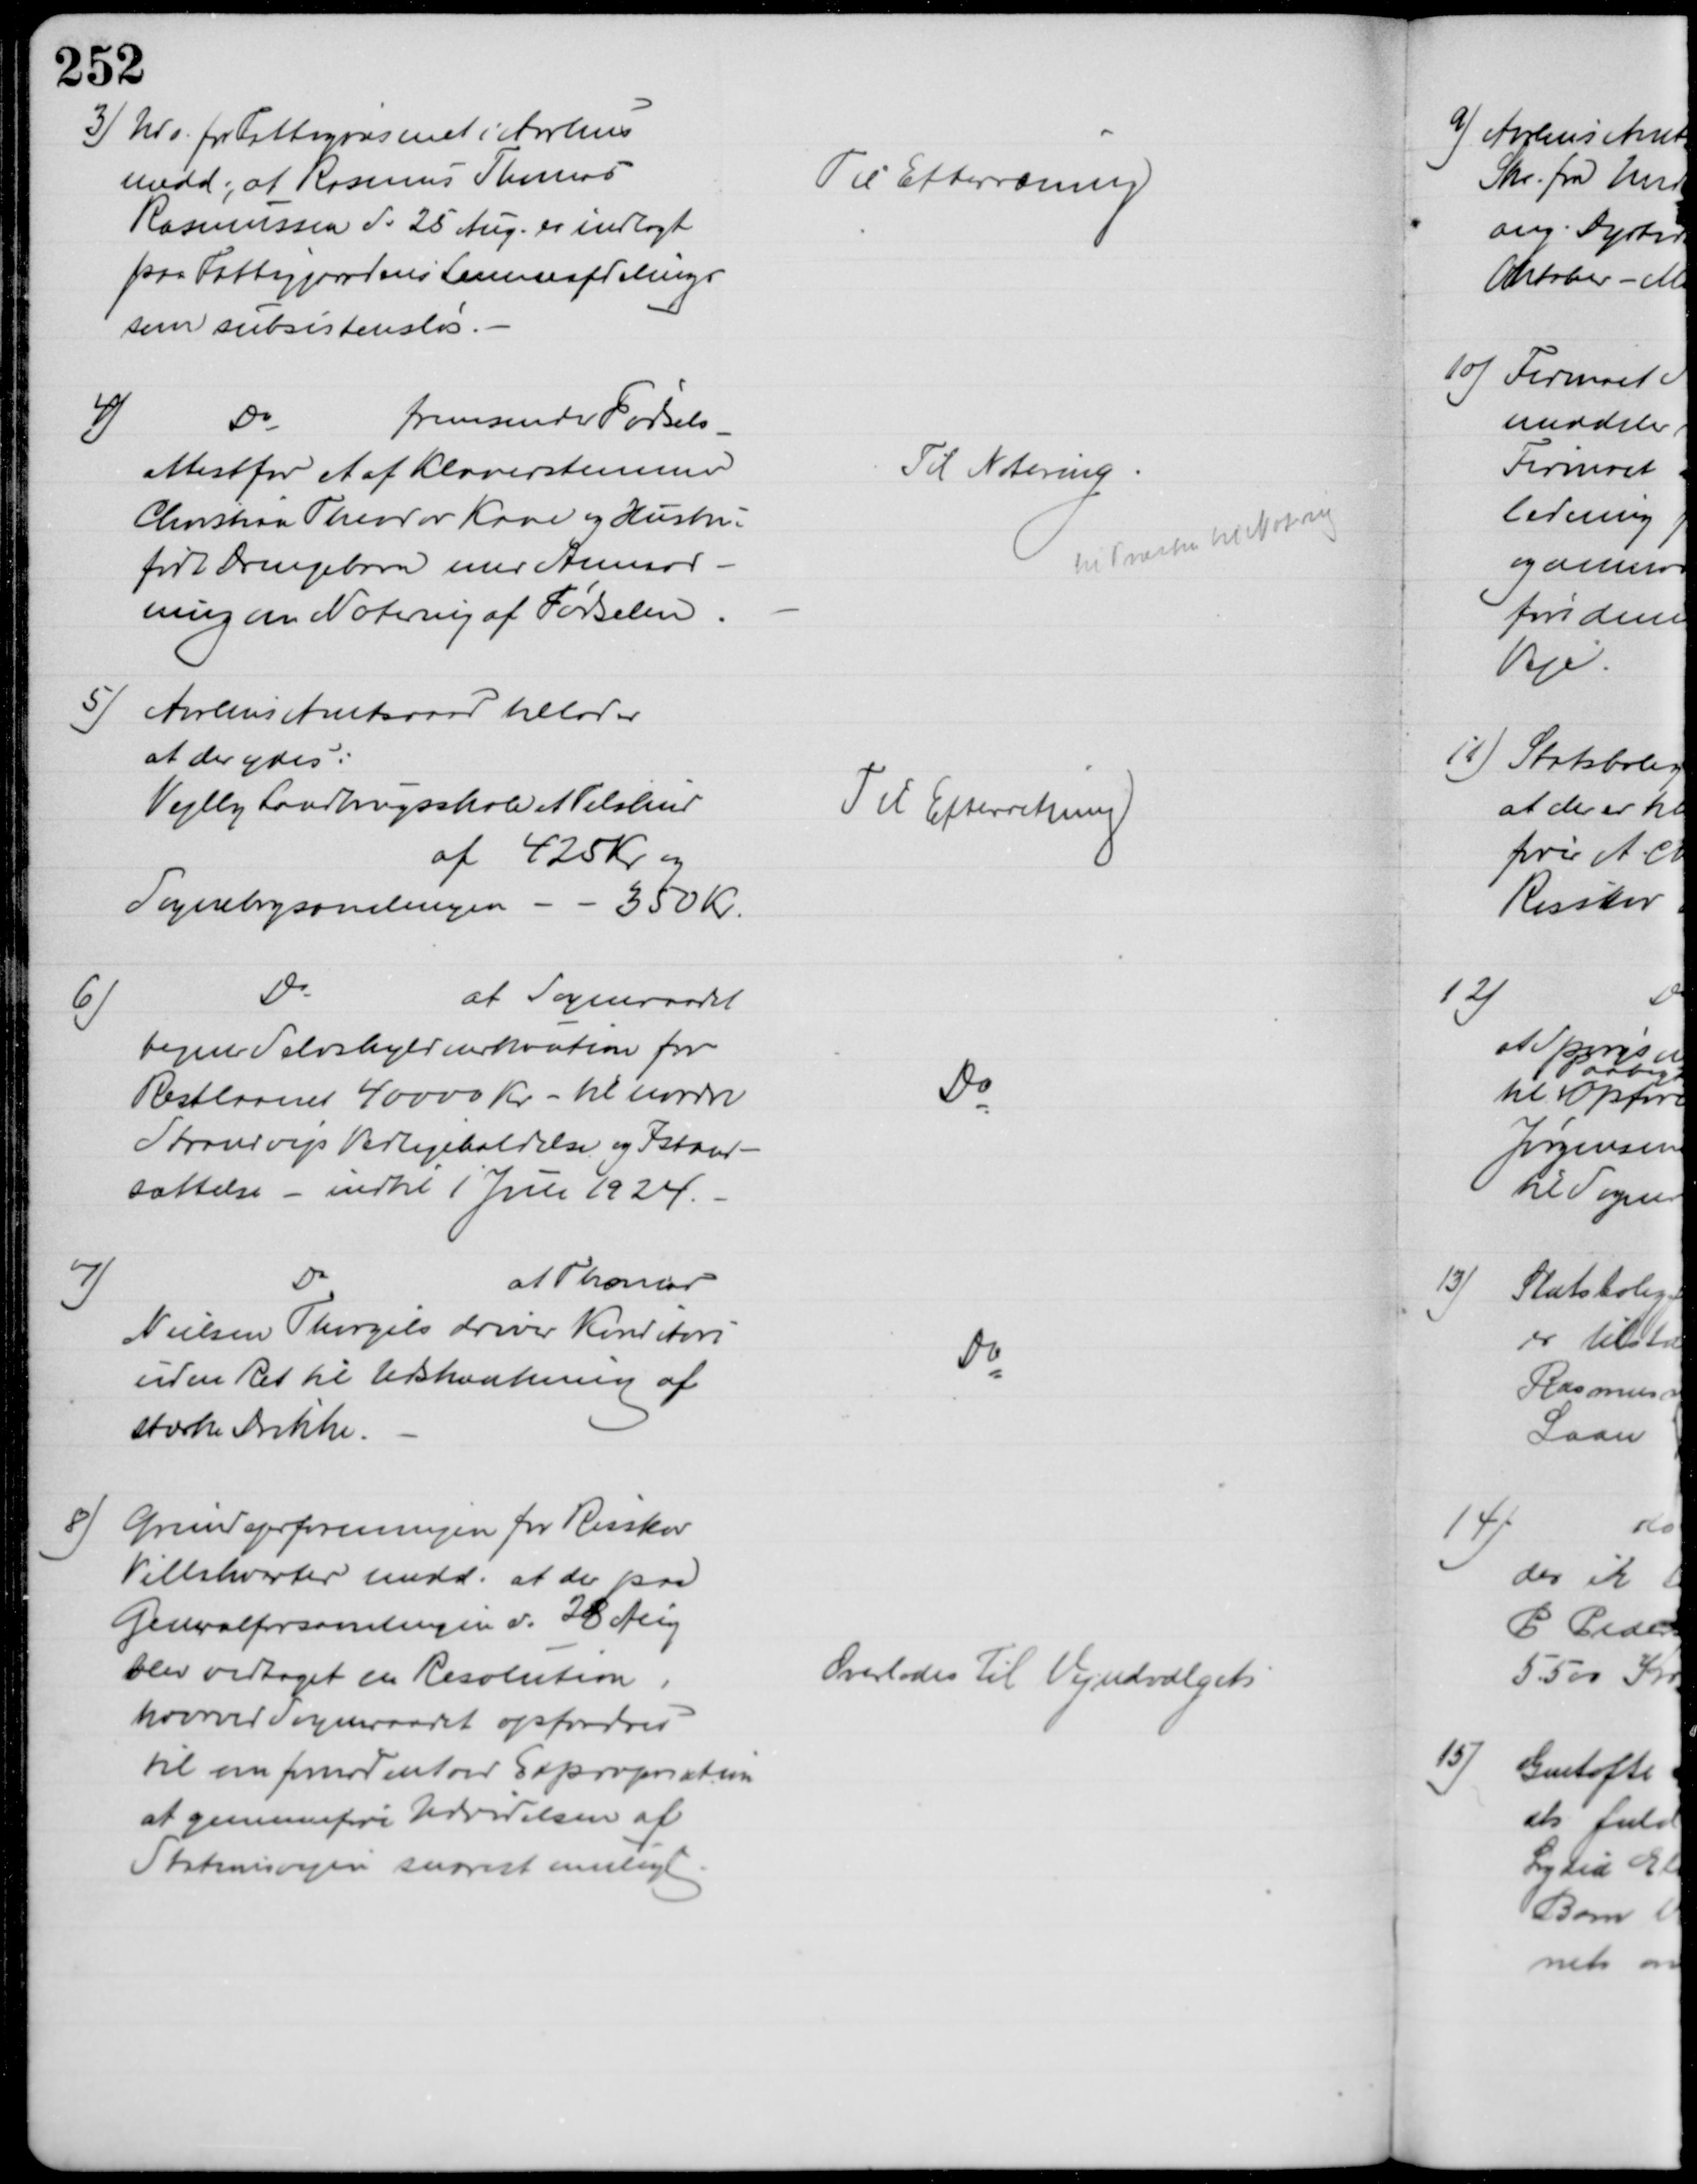
Transskription:
3) Udv. for Fattigvæsenet i Aarhus
medd., at Rasmus Thomas
Rasmussen d. 25 Aug. er indlagt
paa Fattiggaardens Lemmeafdeling
som subsistensløs.
Til Efterroning
4)
Do
fremsender Fødsels
-
attest for et af Klaverstemmer
Christian Theodor Kaae og Hustru
født Drengebarn med Anmod-
ning om Notering af Fødselen.
Til Notering
til Præsten til Notering
5) Aarhus Amtsraad tillader
at der ydes:
Vejlby Landbrugsskole et Tilskud
af 425 Kr og
Sognebogsamlingen
350 Kr.
Til Efterretning
6)
Do
at Sogneraadet
tegner Selvskyldnerkaution for
Restlaanet 40000 Kr. - til nordre
Strandvejs Vedligeholdelse og Istaand-
sættelse - indtil 1 Juli 1924.
Do
7)
Do
at Thomas
Nielsen Thorgils driver Konditori
uden Ret til Udskænkning af
stærke Drikke.
Do
8) Grunderforeningen for Risskov
Villakvarter medd. at der paa
Generalforsamlingen d. 28 Aug
blev vedtaget en Resolution,
hvorved Sogneraadet opfordres
til en  Expropriation
at gennemføre Udvidelsen af
Stationsvejen snarest muligt
Overlodes til Vejudvalget